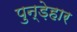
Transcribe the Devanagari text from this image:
पुन्ड़ेहार